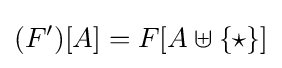
(F')[A]=F[A\uplus \{\star \}]